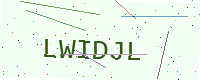
Text: LWIDJL